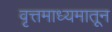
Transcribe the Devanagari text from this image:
वृत्तमाध्यमातून